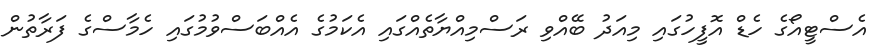
އެސްޓީއޯގެ ހެޑް އޮފީހުގައި މިއަދު ބޭއްވި ރަސްމިއްޔާތެއްގައި އެކަމުގެ އެއްބަސްވުމުގައި ހެމާސްގެ ފަރާތުން